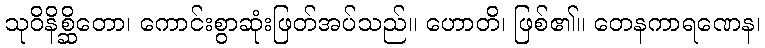
သုဝိနိစ္ဆိတော၊ ကောင်းစွာဆုံးဖြတ်အပ်သည်။ ဟောတိ၊ ဖြစ်၏။ တေနကာရဏေန၊